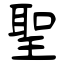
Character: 聖